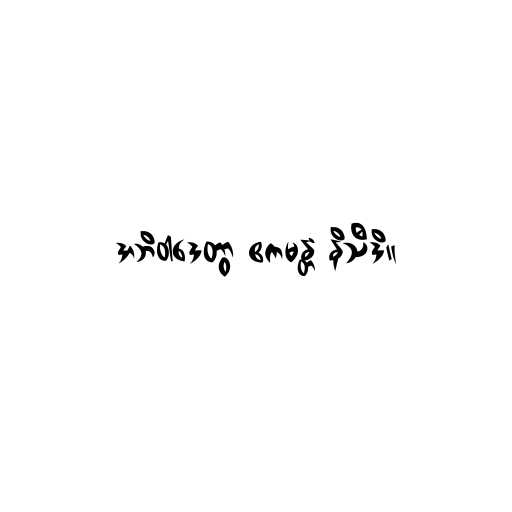
အဘိဝါဒေတွာ ဧကမန္တံ နိသီဒိ။